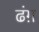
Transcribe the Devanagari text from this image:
ढंग़